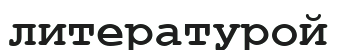
литературой